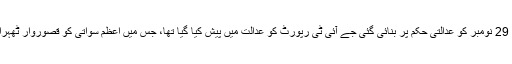
رواں سال 29 نومبر کو عدالتی حکم پر بنائی گئی جے آئی ٹی رپورٹ کو عدالت میں پیش کیا گیا تھا، جس میں اعظم سواتی کو قصوروار ٹھہرایا گیا تھا۔